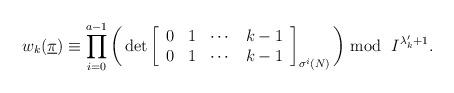
LaTeX: \begin{align*}w_k(\underline \pi) \equiv \prod_{i=0}^{a-1}\bigg(\det \left[ \begin{array}{cccccccccc}0 &1 &\cdots&k-1\\0 &1 &\cdots&k-1 \end{array} \right]_{\sigma^i(N)} \bigg) \bmod \ {I^{\lambda'_k+1}}.\end{align*}